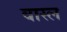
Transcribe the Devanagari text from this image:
वास्ल